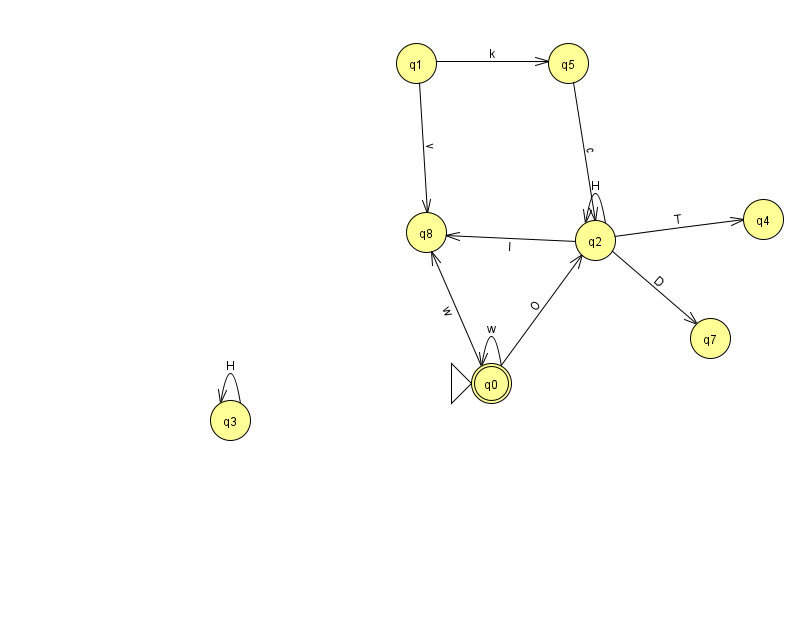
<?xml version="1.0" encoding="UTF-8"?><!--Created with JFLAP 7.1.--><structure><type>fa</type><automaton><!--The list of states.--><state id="0" name="q0"><x>491.0</x><y>370.0</y><initial/><final/></state><state id="1" name="q1"><x>416.0</x><y>50.0</y></state><state id="2" name="q2"><x>595.0</x><y>227.0</y></state><state id="3" name="q3"><x>230.0</x><y>407.0</y></state><state id="4" name="q4"><x>763.0</x><y>206.0</y></state><state id="5" name="q5"><x>568.0</x><y>50.0</y></state><state id="7" name="q7"><x>710.0</x><y>325.0</y></state><state id="8" name="q8"><x>426.0</x><y>219.0</y></state><!--The list of transitions.--><transition><from>1</from><to>5</to><read>k</read></transition><transition><from>2</from><to>4</to><read>T</read></transition><transition><from>2</from><to>8</to><read>l</read></transition><transition><from>0</from><to>8</to><read>w</read></transition><transition><from>0</from><to>0</to><read>w</read></transition><transition><from>0</from><to>2</to><read>O</read></transition><transition><from>2</from><to>7</to><read>D</read></transition><transition><from>2</from><to>2</to><read>H</read></transition><transition><from>3</from><to>3</to><read>H</read></transition><transition><from>1</from><to>8</to><read>v</read></transition><transition><from>5</from><to>2</to><read>c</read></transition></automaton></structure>